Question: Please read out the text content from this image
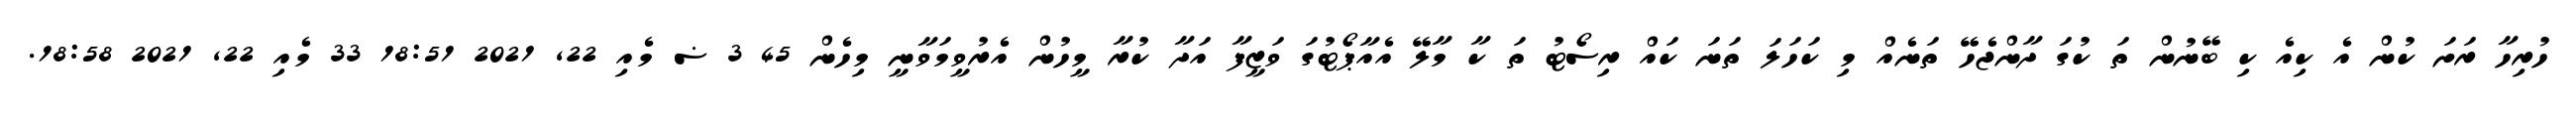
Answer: ހުރިހާ ރަށަ ކުން އެ ކިއެ ކި ބޭނުން ތަ ކުގަ ދާންޖެހޭ ތަނެއް މި ކަހަލަ ތަނަ ކައް ރިސޯޓު ތަ ކާ މާލޭ އެއާޕޯޓުގަ ވަޒީފާ އަދާ ކުރާ މީހުން އެރުވީމަވާނީ މިހެން 45 3 ޟ މެއި 22, 2021 18:51 33 މެއި 22, 2021 18:58.